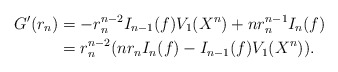
\begin{align*}G'(r_n)& =-r_n^{n-2}I_{n-1}(f)V_1(X^n)+nr_n^{n-1}I_n(f)\\& = r_n^{n-2}(nr_nI_n(f)-I_{n-1}(f)V_1(X^n)).\end{align*}